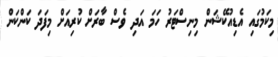
މިކަމުގައި އެޑިއުކޭޝަން މިނިސްޓަރު ހަމަ އަދި ވެސް ބާރަށް ކުރިއަށް މިފަދަ ކަންކަން